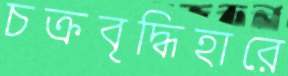
চক্রবৃদ্ধিহারে